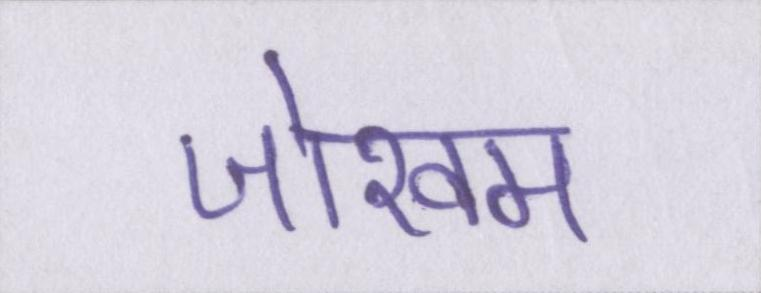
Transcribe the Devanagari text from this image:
जोखम